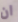
ان